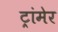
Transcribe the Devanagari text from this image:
ट्रांमेर